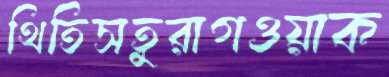
থিতিসতুরাগওয়াক